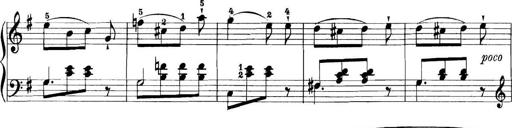
Title: 11 Sonatinas
Composer: Anton Diabelli